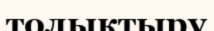
толыктыру